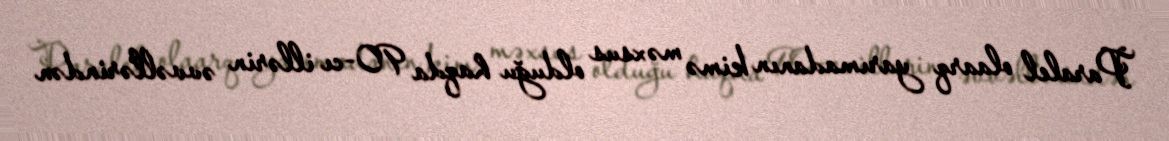
Paralel olaarq yarımadanın kimə məxsus olduğu haqda 90-cı illərin əvvəllərindən